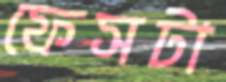
ফেসটা